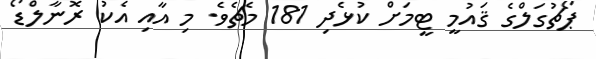
ޕޯޗުގަލްގެ ޤައުމީ ޓީމަށް ކުޅެދި 181 މެޗެވެ. މި އާއި އެކު ރޮނާލްޑޯ